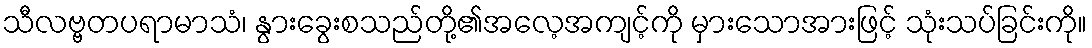
သီလဗ္ဗတပရာမာသံ၊ နွားခွေးစသည်တို့၏အလေ့အကျင့်ကို မှားသောအားဖြင့် သုံးသပ်ခြင်းကို။